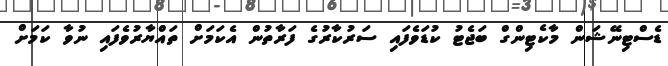
ޑެސްޓިނޭޝަން މާކެޓިންގް ބަޖެޓު ކުޑަވެފައި ސަރުކާރުގެ ފަރާތުން އެކަމަށް ތައްޔާރުވެފައި ނުވާ ކަމަށް